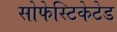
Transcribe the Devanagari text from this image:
सोफेस्टिकेटेड